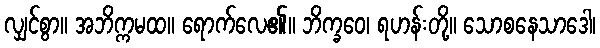
လျှင်စွာ။ အဘိက္ကမထ။ ရောက်လေ၏။ ဘိက္ခဝေ၊ ရဟန်းတို့။ သောစနေသာဒေါ၊